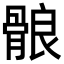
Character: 䯖